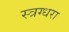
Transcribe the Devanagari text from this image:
स्त्रग्धरा